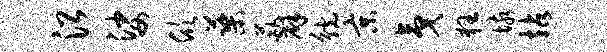
沿娑欣蕖葩辟觥京夷狂垓站